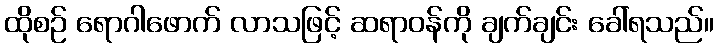
ထိုစဉ် ရောဂါဖောက် လာသဖြင့် ဆရာဝန်ကို ချက်ချင်း ခေါ်ရသည်။